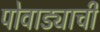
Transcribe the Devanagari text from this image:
पोवाड्याची